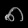
Digit: ၈